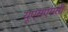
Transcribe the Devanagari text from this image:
यूएसएमसी